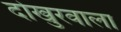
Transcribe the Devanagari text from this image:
दोखुरवाला